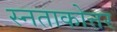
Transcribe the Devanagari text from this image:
स्नताकोत्तर